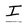
Character: I